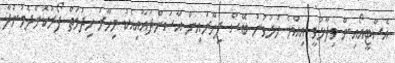
އެސްޓީއޯއިން ވިދާޅުވީ އިއްޔެ ހުޅުވުނު ބޭސް ފިހާރައިން އާސަންދައާއިއެކު މިހާރު ހިދުމަތް ފޯރުކޮށްދެމުންދާ